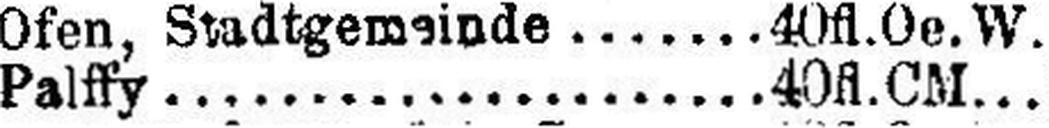
Palffy 40 fl.Oe.W.